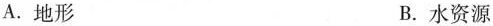
A.地形 B.水资源